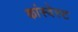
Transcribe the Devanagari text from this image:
कांस्वेस्ट